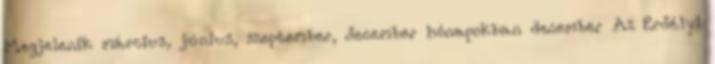
Megjelenik március, június, szeptember, december hónapokban december Az Erdélyi